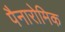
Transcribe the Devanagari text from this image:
पैनारोमिक